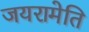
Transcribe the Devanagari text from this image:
जयरामेति